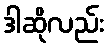
ဒါဆိုလည်း